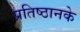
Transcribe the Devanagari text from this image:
प्रतिष्ठानके